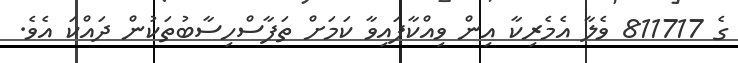
ގެ 811717 ވެލާ އެމެރިކާ އިން ވިއްކާފައިވާ ކަމަށް ތަފާސްހިސާބުތަކުން ދައްކަ އެވެ.